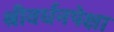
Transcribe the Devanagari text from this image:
श्रीवर्धनपेक्षा